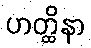
ဟတ္ထိနာ